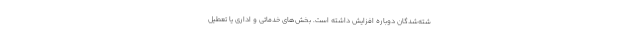
شته‌شدگان دوباره افزایش داشته است. بخش‌های خدماتی و اداری یا تعطیل